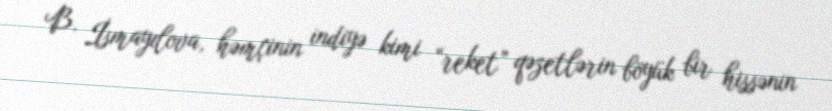
B. İsmayılova, həmçinin indiyə kimi “reket” qəzetlərin böyük bir hissənin